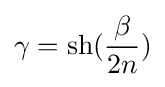
\gamma =\mathrm {sh} ({\frac {\beta }{2n}})